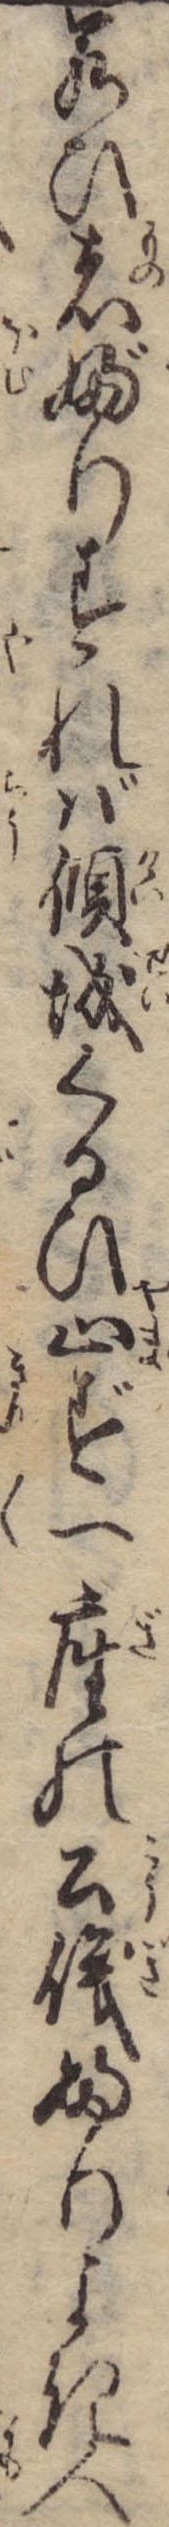
若ひ者ぶりすれば傾城くるひ止ず一座の公儀ふりよき人